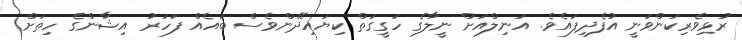
ރުޅިވެރިކަންވަނީ އުފެދިފައެވެ. އަނިލްއަށް ނީލާގެ ހަގީގަތް ކިޔައިދޭންވެސް ބައެއް ފަހަރު އިޝާންގެ ހިތަށް